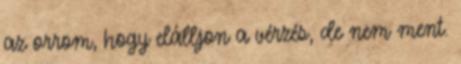
az orrom, hogy elálljon a vérzés, de nem ment.